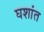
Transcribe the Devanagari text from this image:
घशांत